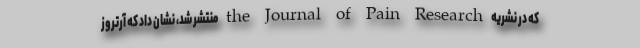
که در نشریه the Journal of Pain Research منتشر شد، نشان داد که آرتروز